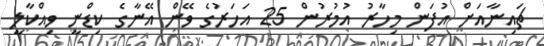
ޗައިނާއަށް އުފަން މިހާރު އުމުރުން 25 އަހަރުގެ ވޭން އޭނާގެ ކިޑްނީ ވިއްކާލީ